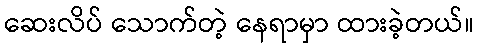
ဆေးလိပ် သောက်တဲ့ နေရာမှာ ထားခဲ့တယ်။